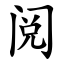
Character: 阅